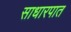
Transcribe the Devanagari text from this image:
साधारपात